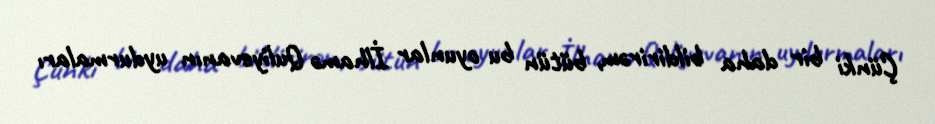
Çünki bir daha bildirirəm, bütün bu oyunlar İlhamə Quliyevanın uydurmaları